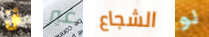
أن غير الشجاع لو